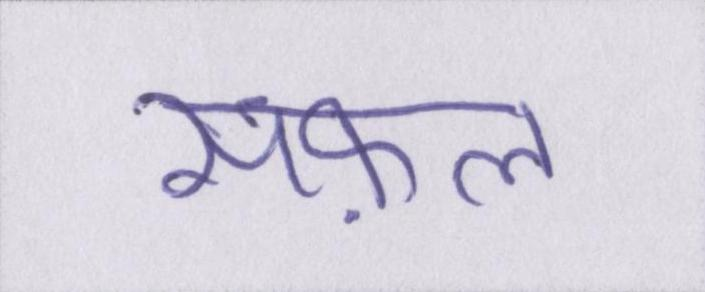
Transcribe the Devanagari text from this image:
सफ़ल